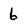
Character: 6